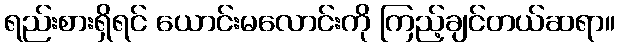
ရည်းစားရှိရင် ယောင်းမလောင်းကို ကြည့်ချင်တယ်ဆရာ။